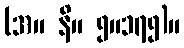
(အ။ နိ။ ၅။၁၇၅)။